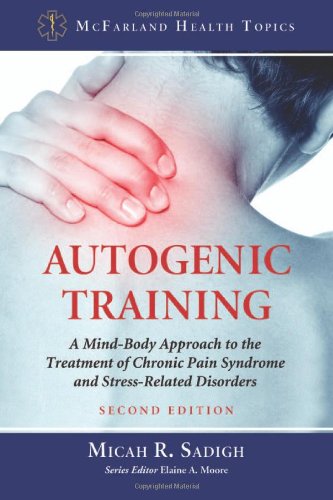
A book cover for Autogenic Training: A Mind-Body Approach to the Treatment of Chronic Pain Syndrome and Stress-Related Disorders (Mcfarland Health Topics); Micah R. Sadigh; Health, Fitness & Dieting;